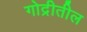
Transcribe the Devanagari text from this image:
गोद्रीतील